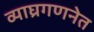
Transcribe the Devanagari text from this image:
व्याघ्रगणनेत